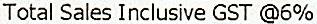
TOTAL SALES INCLUSIVE GST @6%